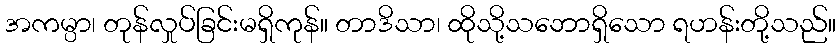
အကမ္ပာ၊ တုန်လှုပ်ခြင်းမရှိကုန်။ တာဒိသာ၊ ထိုသို့သဘောရှိသော ရဟန်းတို့သည်။